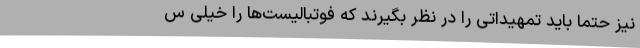
نیز حتما باید تمهیداتی را در نظر بگیرند که فوتبالیست‌ها را خیلی س